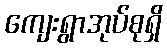
ကျေးရွာအုပ်စုရှိ